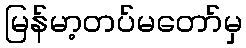
မြန်မာ့တပ်မတော်မှ